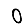
Digit: 0